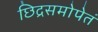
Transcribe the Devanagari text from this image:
छिद्रसमोपेतं